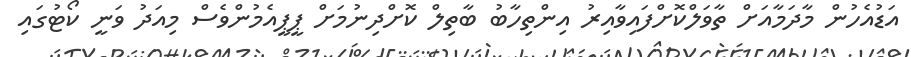
އަޑުއެހުން މާދަމާއަށް ތާވަލްކޮށްފައިވާއިރު އިންތިހާބު ބާތިލް ކޮށްދިނުމަށް ޕީޕީއެމުންވެސް މިއަދު ވަނީ ކޯޓުގައި